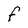
Character: F